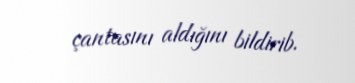
çantasını aldığını bildirib.